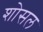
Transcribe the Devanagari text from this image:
शोसल